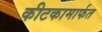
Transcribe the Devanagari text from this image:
कीटकामार्फत